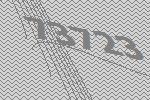
73723